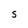
Character: S